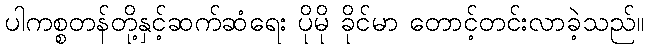
ပါကစ္စတန်တို့နှင့်ဆက်ဆံရေး ပိုမို ခိုင်မာ တောင့်တင်းလာခဲ့သည်။